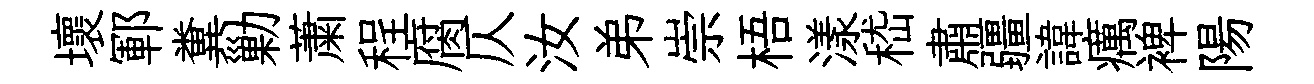
壞鄆糞勦䔥程腐仄汝弟崇梧漾嵇肅疆諱癘裨陽